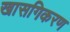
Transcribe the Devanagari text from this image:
खासगिकरण